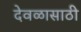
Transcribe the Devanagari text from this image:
देवळासाठी